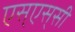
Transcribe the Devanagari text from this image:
एस्‌एस्‌सी